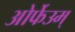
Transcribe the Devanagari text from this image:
ओर्फेउम्